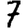
Digit: 7